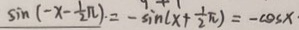
\sin ( - x - \frac { 1 } { 2 } \pi ) = - \sin ( x + \frac { 1 } { 2 } \pi ) = - \cos x \cdot